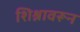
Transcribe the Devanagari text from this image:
शिश्नावरून